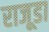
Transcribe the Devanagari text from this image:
राजूडा